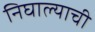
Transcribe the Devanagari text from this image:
निघाल्याची